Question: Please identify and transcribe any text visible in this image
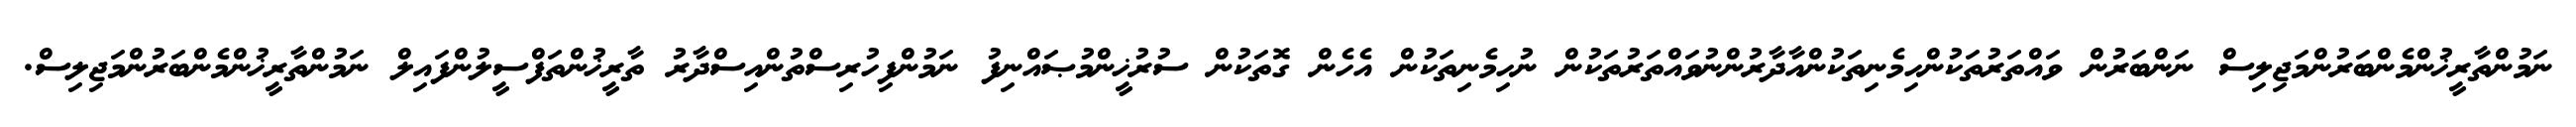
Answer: ނަމުންތާރީޚުންމެންބަރުންމަޖިލިސް ނަންބަރުން ވައްތަރުތަކުންހިމެނިތަކުންއާދާރުންނުވައްތަރުތަކުން ނުހިމެނިތަކުން އެހެން ގޮތަކުން ސުރުޚީންމުޞައްނިފު ނަމުންފިހުރިސްތުންއިސްދާރު ތާރީޚުންތަފްސީލުންފައިލް ނަމުންތާރީޚުންމެންބަރުންމަޖިލިސް.